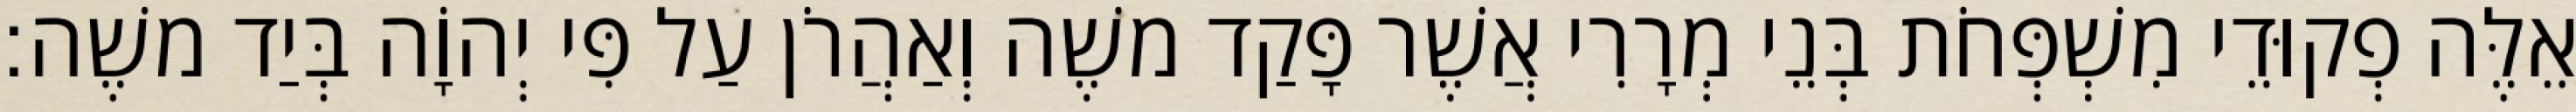
אֵלֶּה פְקוּדֵי מִשְׁפְּחֹת בְּנֵי מְרָרִי אֲשֶׁר פָּקַד משֶׁה וְאַהֲרֹן עַל פִּי יְהוָֹה בְּיַד משֶׁה׃